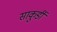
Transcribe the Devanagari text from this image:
साकुर्डी